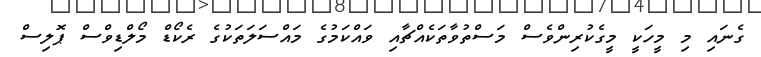
ގެނައި މި މީހަކީ މީގެކުރިންވެސް މަސްތުވާތަކެއްޗާއި ވައްކަމުގެ މައްސަލަތަކުގެ ރެކޯޑް މޯލްޑިވްސް ޕޮލިސް